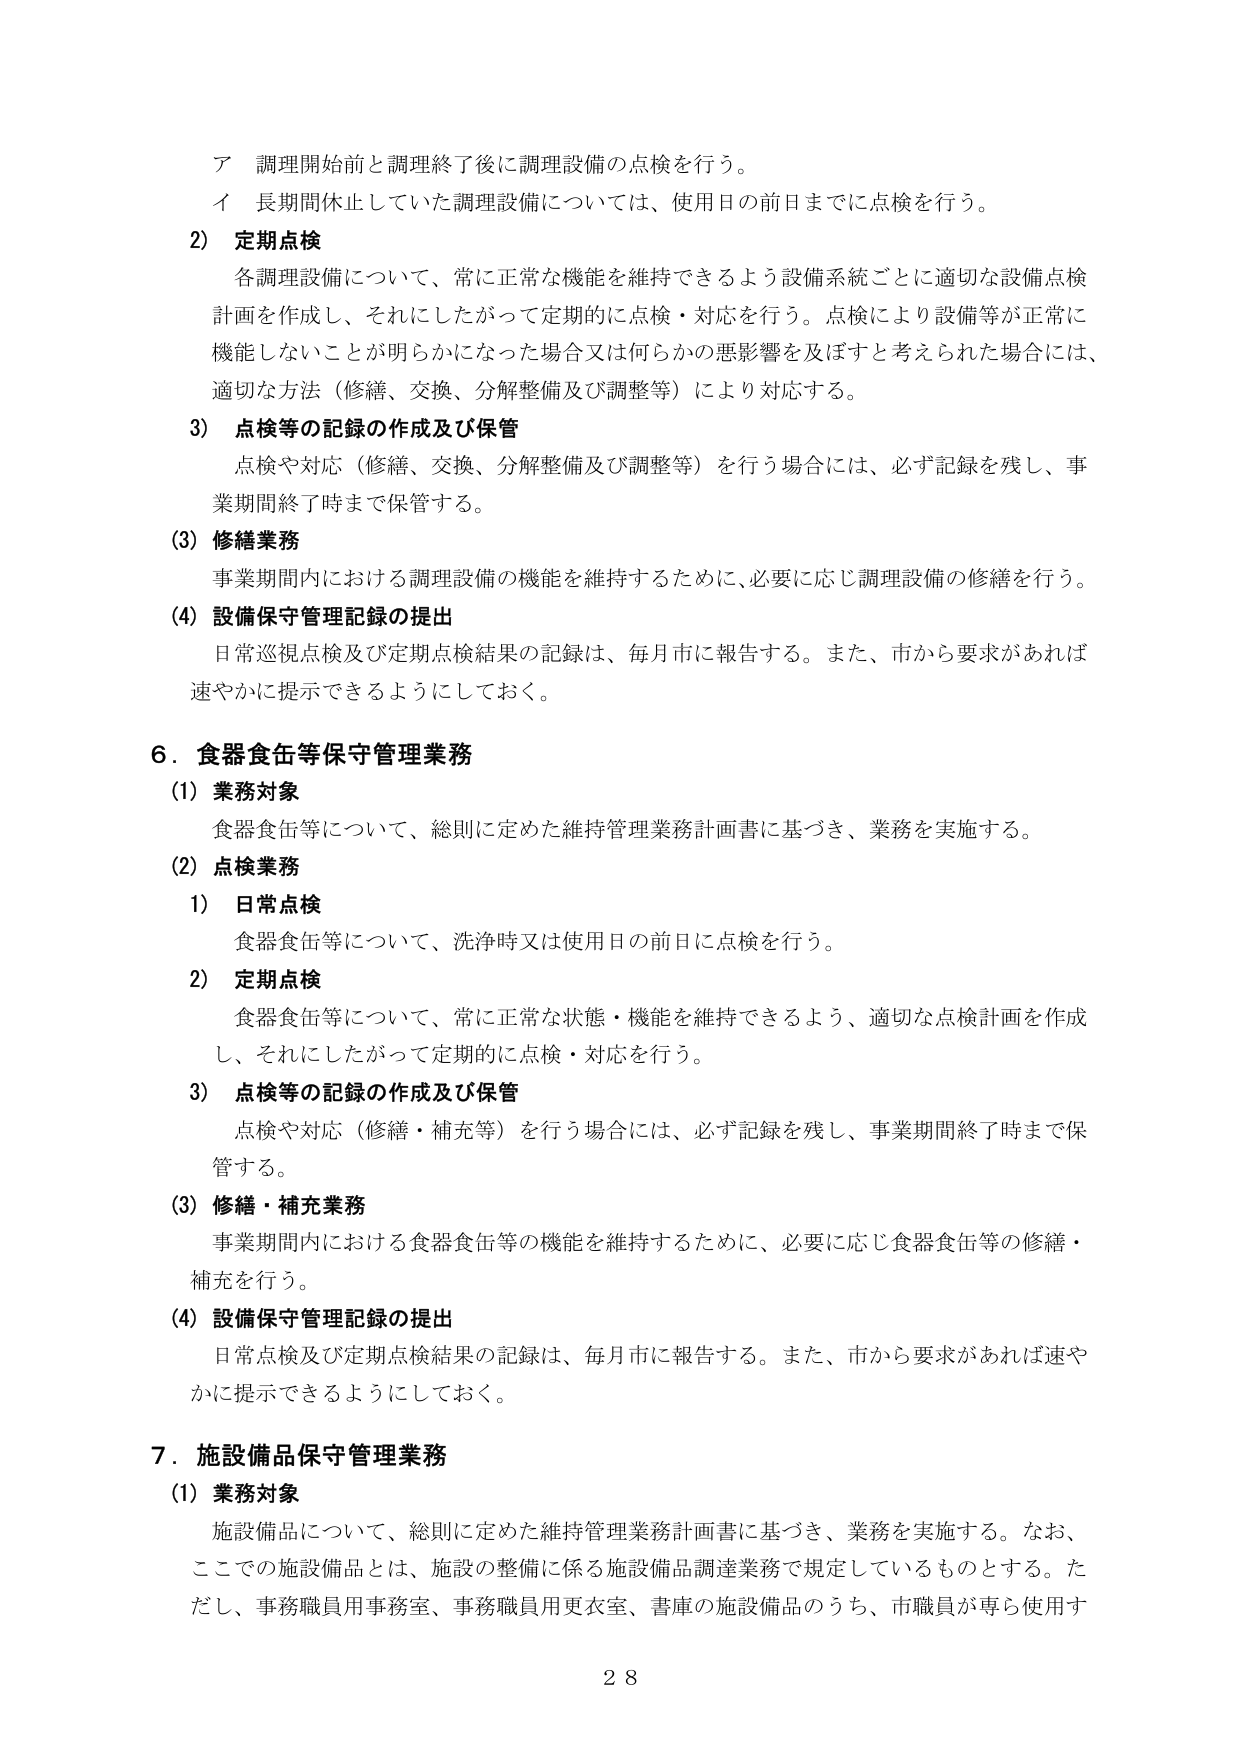
ア 調理開始前と調理終了後に調理設備の点検を行う。
イ 長期間休止していた調理設備については、使用日の前日までに点検を行う。

2) 定期点検
各調理設備について、常に正常な機能を維持できるよう設備系統ごとに適切な設備点検計画を作成し、それにしたがって定期的に点検・対応を行う。点検により設備等が正常に機能しないことが明らかになった場合又は何らかの悪影響を及ぼすと考えられた場合には、適切な方法（修繕、交換、分解整備及び調整等）により対応する。

3) 点検等の記録の作成及び保管
点検や対応（修繕、交換、分解整備及び調整等）を行う場合には、必ず記録を残し、事業期間終了時まで保管する。

(3) 修繕業務
事業期間内における調理設備の機能を維持するために、必要に応じ調理設備の修繕を行う。

(4) 設備保守管理記録の提出
日常巡視点検及び定期点検結果の記録は、毎月市に報告する。また、市から要求があれば速やかに提示できるようにしておく。

6．食器食缶等保守管理業務
(1) 業務対象
食器食缶等について、総則に定めた維持管理業務計画書に基づき、業務を実施する。

(2) 点検業務
1) 日常点検
食器食缶等について、洗浄時又は使用日の前日に点検を行う。

2) 定期点検
食器食缶等について、常に正常な状態・機能を維持できるよう、適切な点検計画を作成し、それにしたがって定期的に点検・対応を行う。

3) 点検等の記録の作成及び保管
点検や対応（修繕・補充等）を行う場合には、必ず記録を残し、事業期間終了時まで保管する。

(3) 修繕・補充業務
事業期間内における食器食缶等の機能を維持するために、必要に応じ食器食缶等の修繕・補充を行う。

(4) 設備保守管理記録の提出
日常点検及び定期点検結果の記録は、毎月市に報告する。また、市から要求があれば速やかに提示できるようにしておく。

7．施設備品保守管理業務
(1) 業務対象
施設備品について、総則に定めた維持管理業務計画書に基づき、業務を実施する。なお、ここでの施設備品とは、施設の整備に係る施設備品調達業務で規定しているものとする。ただし、事務職員用事務室、事務職員用更衣室、書庫の施設備品のうち、市職員が専ら使用す

28